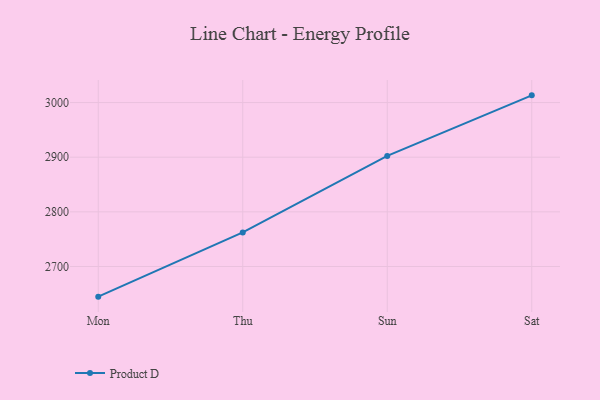
{"axis": {"x": "Day", "y": "Conversion Rate (%)"}, "legend": ["Product D"], "data": [{"x": "Mon", "y": 2644.8, "type": "Product D"}, {"x": "Thu", "y": 2762.3, "type": "Product D"}, {"x": "Sun", "y": 2902.3, "type": "Product D"}, {"x": "Sat", "y": 3013.2, "type": "Product D"}]}